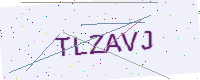
Text: TLZAVJ